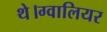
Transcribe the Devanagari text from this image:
थे।ग्वालियर